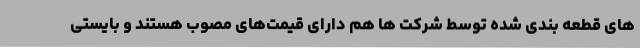
های قطعه بندی شده توسط شرکت ها هم دارای قیمت‌های مصوب هستند و بایستی